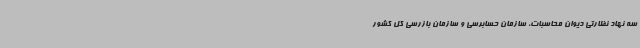
سه نهاد نظارتی دیوان محاسبات، سازمان حسابرسی و سازمان بازرسی کل کشور